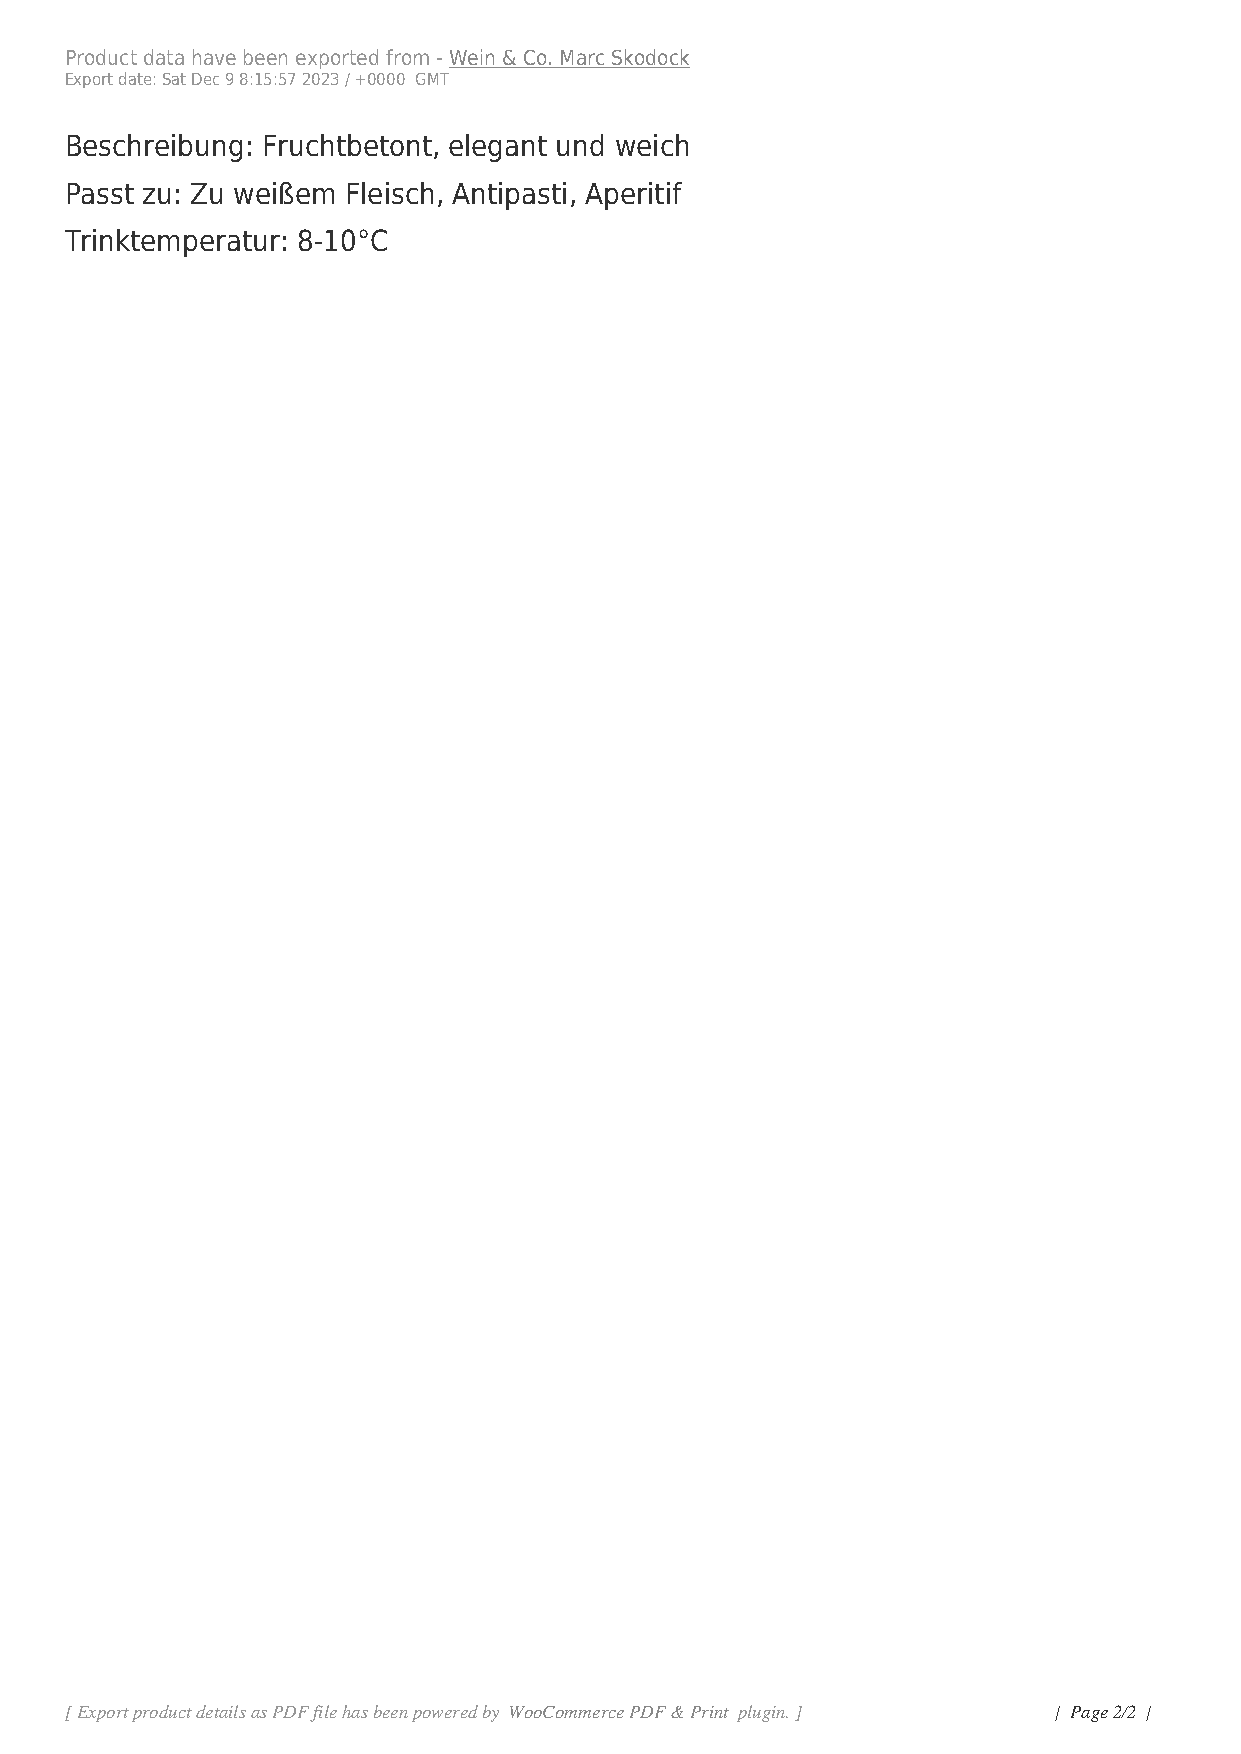
Product data have been exported from - Wein & Co. Marc Skodock
 Export date: Sat Dec 9 8:15:57 2023 / +0000 GMT
 Beschreibung: Fruchtbetont, elegant und weich
 Passt zu: Zu weißem Fleisch, Antipasti, Aperitif
 Trinktemperatur: 8-10°C
 [ Export product details as PDF file has been powered by WooCommerce PDF & Print plugin. ] | Page 2/2 |